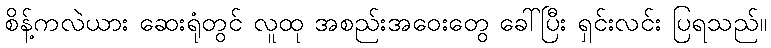
စိန့်ကလဲယား ဆေးရုံတွင် လူထု အစည်းအဝေးတွေ ခေါ်ပြီး ရှင်းလင်း ပြရသည်။